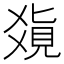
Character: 𤕥